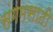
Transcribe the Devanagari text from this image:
संगमसाठी